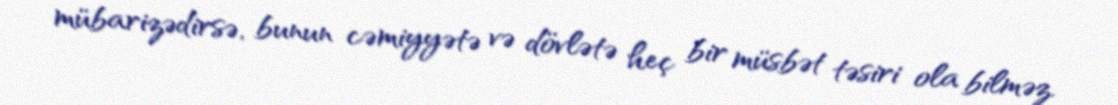
mübarizədirsə, bunun cəmiyyətə və dövlətə heç bir müsbət təsiri ola bilməz.